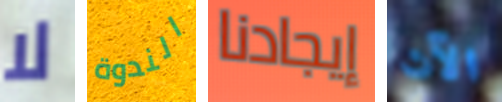
لا الندوة إيجادنا الآن